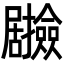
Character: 𭕽